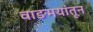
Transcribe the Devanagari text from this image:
वाङमयांतून